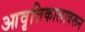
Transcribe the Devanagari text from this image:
आवृत्तिकालावरून